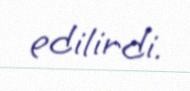
edilirdi.